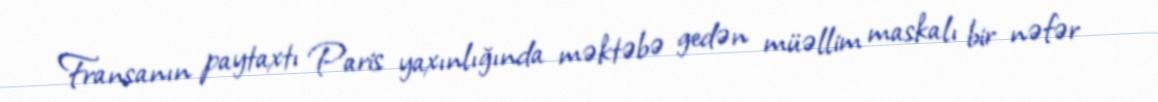
Fransanın paytaxtı Paris yaxınlığında məktəbə gedən müəllim maskalı bir nəfər